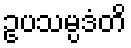
ဥပသမ္ပဒံတိ